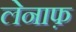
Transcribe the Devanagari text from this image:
लेनाफ़